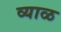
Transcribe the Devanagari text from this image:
व्याळ